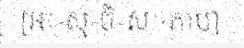
[អៈ-សុ-ចិ-សៈ-ភាប]